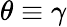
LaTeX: \theta\equiv\gamma